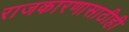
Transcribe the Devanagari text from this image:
राजकारणासाठीही